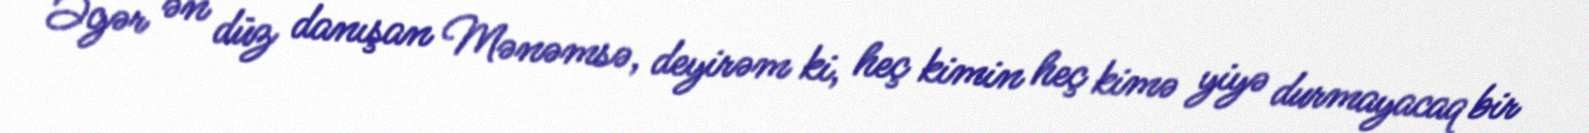
Əgər ən düz danışan Mənəmsə, deyirəm ki, heç kimin heç kimə yiyə durmayacaq bir